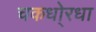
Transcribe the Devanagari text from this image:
चकधो्रधा